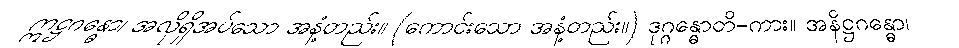
ဣဋ္ဌဂန္ဓော၊ အလိုရှိအပ်သော အနံ့တည်း။ (ကောင်းသော အနံ့တည်း။) ဒုဂ္ဂန္ဓောတိ-ကား။ အနိဋ္ဌဂန္ဓော၊